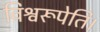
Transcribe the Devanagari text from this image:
विश्वरूपेति।